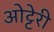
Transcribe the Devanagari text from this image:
ओट्टेरी